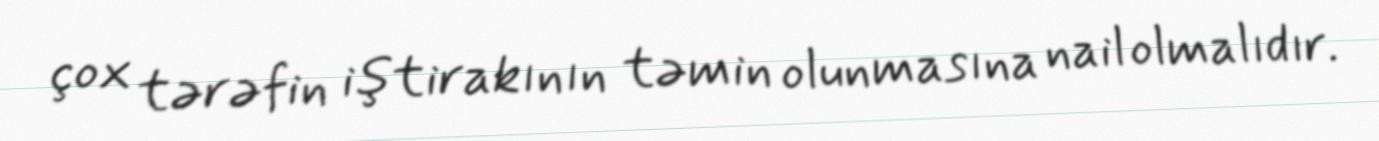
çox tərəfin iştirakının təmin olunmasına nail olmalıdır.